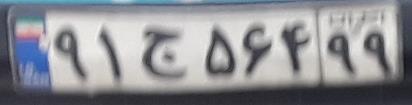
۹۱ج۵۶۴۹۹